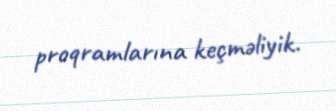
proqramlarına keçməliyik.